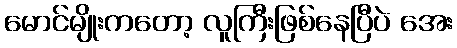
မောင်မျိုးကတော့ လူကြီးဖြစ်နေပြီပဲ အေး